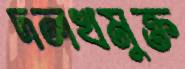
দলখমুক্ত